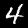
Label: 4